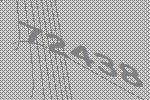
72438